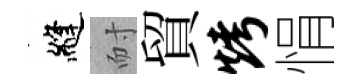
縫耐貿烤悁